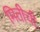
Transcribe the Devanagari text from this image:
मितीची